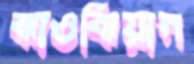
ঝাওঝিয়ান